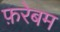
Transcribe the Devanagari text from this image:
फ़रेबम